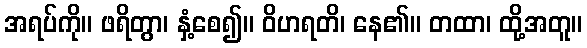
အရပ်ကို။ ဖရိတွာ၊ နှံ့စေ၍။ ဝိဟရတိ၊ နေ၏။ တထာ၊ ထို့အတူ။